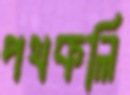
পথকলি